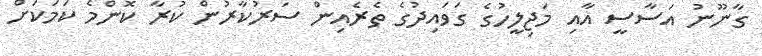
ގާނޫނު އަސާސީ އާއި މަޖިލީހުގެ ގަވައިދުގެ ތެރެއިން ސަރުކާރުން ކުރާ ކޮންމެ ކަމަކަށް